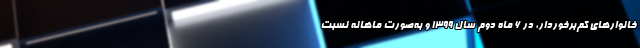
خانوارهای کم‌برخوردار، در ۶ ماه دوم سال ۱۳۹۹ و به‌صورت ماهانه نسبت